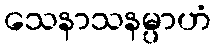
သေနာသနမ္ပာဟံ